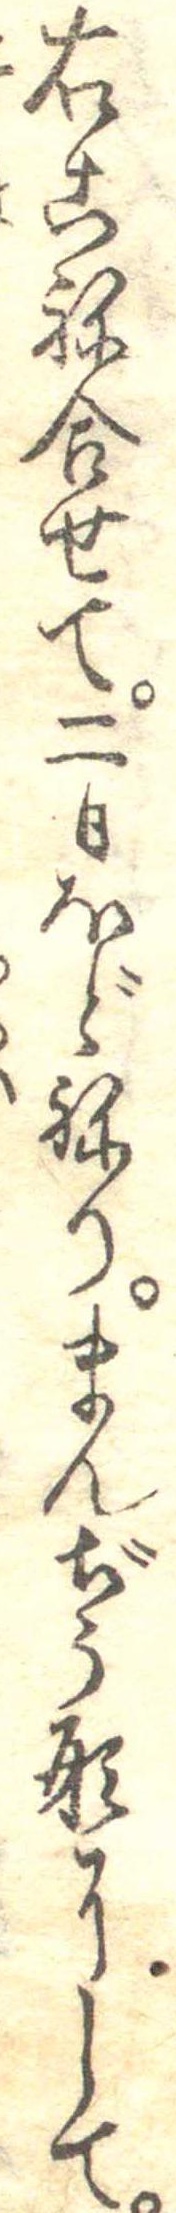
右こね合せて二日ほどねりまんぢう形にして